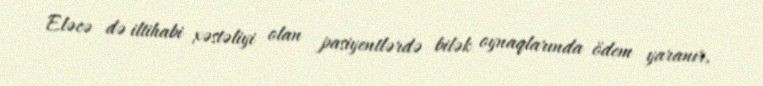
Eləcə də iltihabi xəstəliyi olan pasiyentlərdə bilək oynaqlarında ödem yaranır,